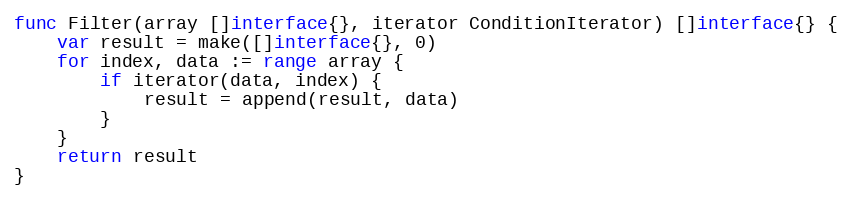
Language: Go
func Filter(array []interface{}, iterator ConditionIterator) []interface{} {
	var result = make([]interface{}, 0)
	for index, data := range array {
		if iterator(data, index) {
			result = append(result, data)
		}
	}
	return result
}